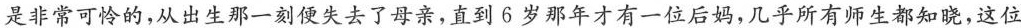
是非常可怜的，从出生那一刻便失去了母亲，直到6岁那年才有一位后妈，几乎所有师生都知晓，这位